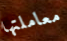
معاملتها